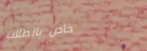
خاص بالطلاب